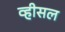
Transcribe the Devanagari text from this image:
व्हीसल